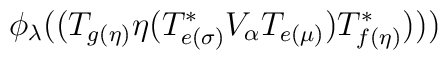
\phi _{\lambda }((T_{g(\eta )}\eta (T_{e(\sigma )}^{*}V_{\alpha }T_{e(\mu)})T_{f(\eta )}^{*})))